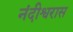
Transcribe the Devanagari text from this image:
नंदीश्वरास